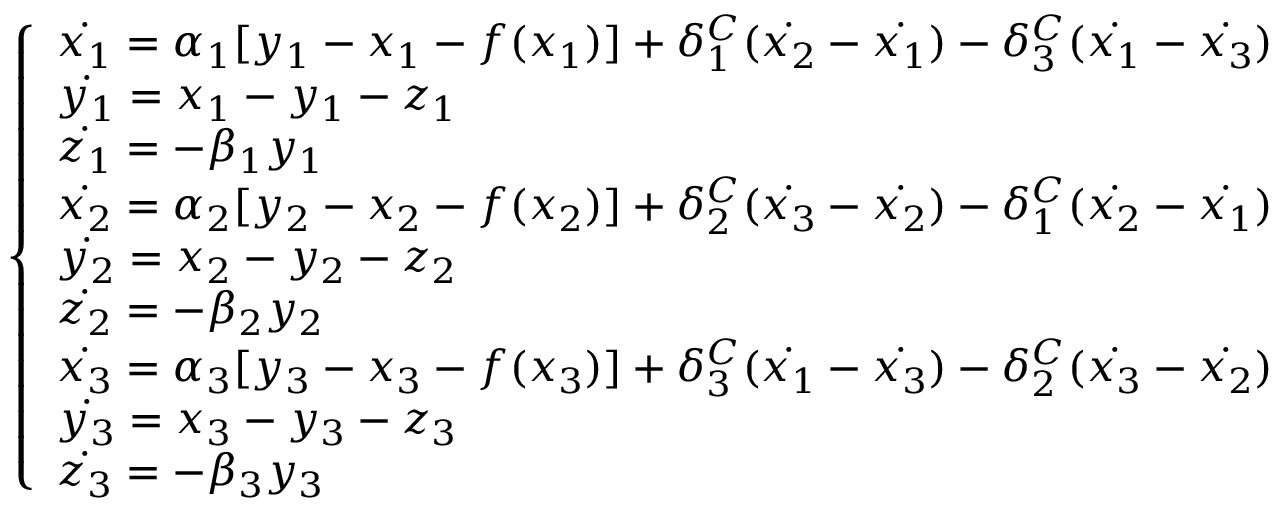
\left\{ \begin{array} { l l } { \dot { x _ { 1 } } = \alpha _ { 1 } [ y _ { 1 } - x _ { 1 } - f ( x _ { 1 } ) ] + \delta _ { 1 } ^ { C } ( \dot { x _ { 2 } } - \dot { x _ { 1 } } ) - \delta _ { 3 } ^ { C } ( \dot { x _ { 1 } } - \dot { x _ { 3 } } ) } \\ { \dot { y _ { 1 } } = x _ { 1 } - y _ { 1 } - z _ { 1 } } \\ { \dot { z _ { 1 } } = - \beta _ { 1 } y _ { 1 } } \\ { \dot { x _ { 2 } } = \alpha _ { 2 } [ y _ { 2 } - x _ { 2 } - f ( x _ { 2 } ) ] + \delta _ { 2 } ^ { C } ( \dot { x _ { 3 } } - \dot { x _ { 2 } } ) - \delta _ { 1 } ^ { C } ( \dot { x _ { 2 } } - \dot { x _ { 1 } } ) } \\ { \dot { y _ { 2 } } = x _ { 2 } - y _ { 2 } - z _ { 2 } } \\ { \dot { z _ { 2 } } = - \beta _ { 2 } y _ { 2 } } \\ { \dot { x _ { 3 } } = \alpha _ { 3 } [ y _ { 3 } - x _ { 3 } - f ( x _ { 3 } ) ] + \delta _ { 3 } ^ { C } ( \dot { x _ { 1 } } - \dot { x _ { 3 } } ) - \delta _ { 2 } ^ { C } ( \dot { x _ { 3 } } - \dot { x _ { 2 } } ) } \\ { \dot { y _ { 3 } } = x _ { 3 } - y _ { 3 } - z _ { 3 } } \\ { \dot { z _ { 3 } } = - \beta _ { 3 } y _ { 3 } } \end{array} \right.